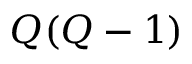
Q ( Q - 1 )